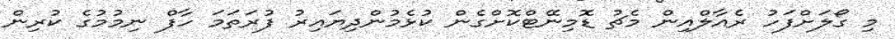
މި ގޯލަށްފަހު ރެއާލްއިން މެޗު ޑޮމިނޭޓްކޮށްގެން ކުޅެމުންދިޔައިރު ފުރަތަމަ ހާފް ނިމުމުގެ ކުރިން